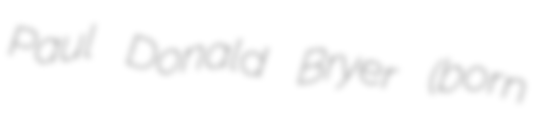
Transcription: Paul Donald Bryer (born